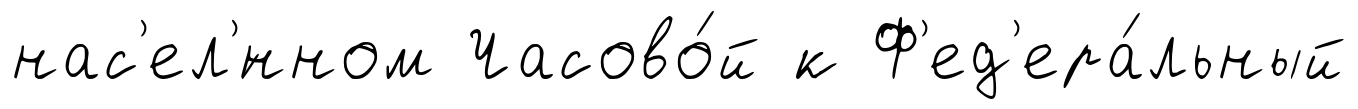
нас'ел'́нном Часово́й к Ф'ед'ера́льный